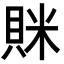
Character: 𧵵